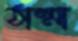
ঠাম্মা